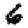
Digit: 6